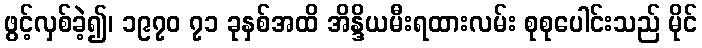
ဖွင့်လှစ်ခဲ့၍၊ ၁၉၇၀ ၇၁ ခုနှစ်အထိ အိန္ဒိယမီးရထားလမ်း စုစုပေါင်းသည် မိုင်